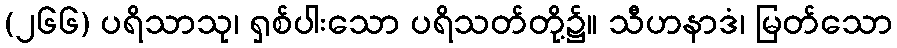
(၂၆၆) ပရိသာသု၊ ရှစ်ပါးသော ပရိသတ်တို့၌။ သီဟနာဒံ၊ မြတ်သော